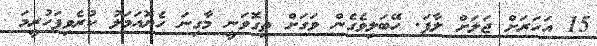
15 އަހަރަށް ޖަލަށް ލާފަ. ހޭބަލިވެގެން ވަގަށް ތިގޮވަނީ މާގިނަ ހެޔޮއަމަލު ކުރެވިފަހުރީމަ